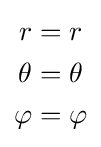
{\begin{aligned}r&=r\\\theta &=\theta \\\varphi &=\varphi \end{aligned}}